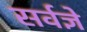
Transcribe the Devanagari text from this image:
सर्वज्ञे